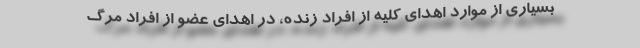
بسیاری از موارد اهدای کلیه از افراد زنده، در اهدای عضو از افراد مرگ